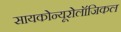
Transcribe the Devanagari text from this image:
सायकोन्यूरोलॉजिकल